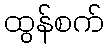
ထွန်စက်